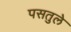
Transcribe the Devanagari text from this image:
पसतुले